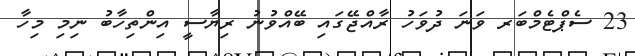
23 ސެޕްޓެމްބަރ ވަނަ ދުވަހު ރާއްޖޭގައި ބޭއްވުނު ރިޔާސީ އިންތިހާބު ނިމި މިހާ